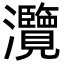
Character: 灠